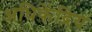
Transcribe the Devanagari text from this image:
अधिकेंद्रिय